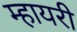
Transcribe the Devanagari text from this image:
म्हायरी